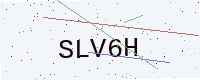
Text: SLV6H